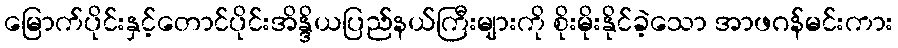
မြောက်ပိုင်းနှင့်တောင်ပိုင်းအိန္ဒိယပြည်နယ်ကြီးများကို စိုးမိုးနိုင်ခဲ့သော အာဖဂန်မင်းကား